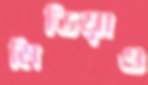
মিডিয়াও